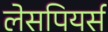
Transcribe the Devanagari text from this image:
लेसपियर्स